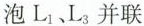
泡 L_{1}、L_{3} 并联